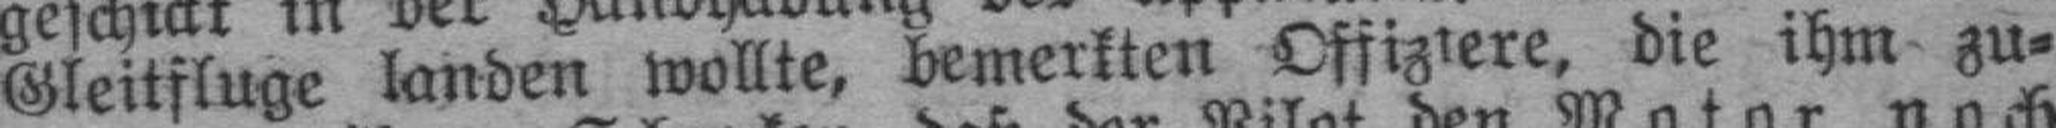
Gleitfluge landen wollte, bemerkten Offiziere, die ihm zu¬